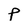
Character: p